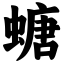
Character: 螗